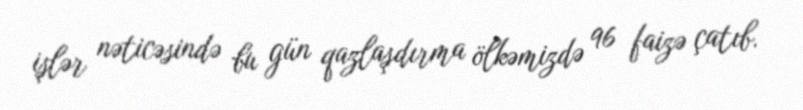
işlər nəticəsində bu gün qazlaşdırma ölkəmizdə 96 faizə çatıb.